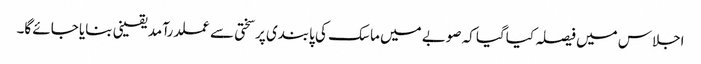
اجلاس میں فیصلہ کیاگیا کہ صوبے میں ماسک کی پابندی پرسختی سے عملدرآمد یقینی بنایا جائے گا۔